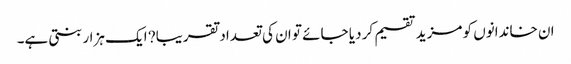
ان خاندانوں کو مزید تقسیم کر دیا جائے تو ان کی تعداد تقریبا? ایک ہزار بنتی ہے۔